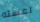
لمسته